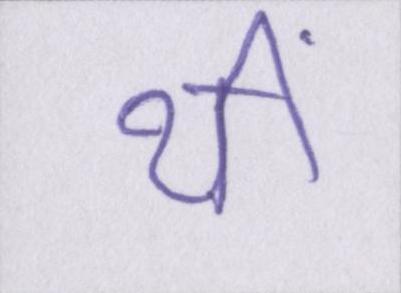
थीं